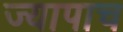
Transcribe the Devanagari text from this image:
ज्यापाच